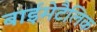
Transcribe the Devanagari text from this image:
बाईमेटैलिक